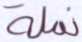
نملة